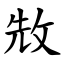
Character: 㪇